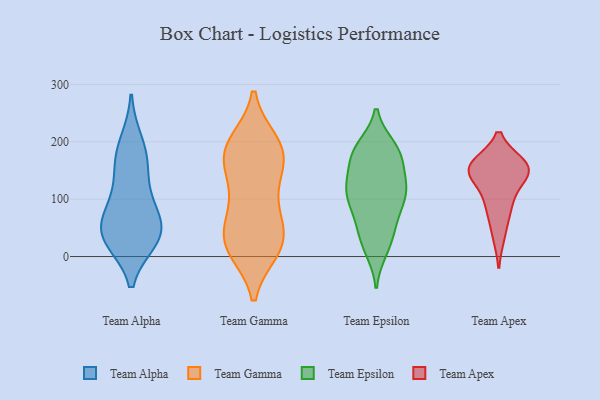
{"axis": {"x": "Conversion Rate (%)", "y": "Value"}, "legend": ["Team Alpha", "Team Apex", "Team Epsilon", "Team Gamma"], "data": [{"x": "", "y": 47, "type": "Team Alpha"}, {"x": "", "y": 198, "type": "Team Alpha"}, {"x": "", "y": 86, "type": "Team Alpha"}, {"x": "", "y": 100, "type": "Team Alpha"}, {"x": "", "y": 166, "type": "Team Alpha"}, {"x": "", "y": 37, "type": "Team Alpha"}, {"x": "", "y": 31, "type": "Team Alpha"}, {"x": "", "y": 159, "type": "Team Alpha"}, {"x": "", "y": 40, "type": "Team Alpha"}, {"x": "", "y": 40, "type": "Team Alpha"}, {"x": "", "y": 14, "type": "Team Gamma"}, {"x": "", "y": 42, "type": "Team Gamma"}, {"x": "", "y": 148, "type": "Team Gamma"}, {"x": "", "y": 187, "type": "Team Gamma"}, {"x": "", "y": 12, "type": "Team Gamma"}, {"x": "", "y": 26, "type": "Team Gamma"}, {"x": "", "y": 71, "type": "Team Gamma"}, {"x": "", "y": 135, "type": "Team Gamma"}, {"x": "", "y": 23, "type": "Team Gamma"}, {"x": "", "y": 182, "type": "Team Gamma"}, {"x": "", "y": 199, "type": "Team Gamma"}, {"x": "", "y": 71, "type": "Team Gamma"}, {"x": "", "y": 198, "type": "Team Gamma"}, {"x": "", "y": 182, "type": "Team Gamma"}, {"x": "", "y": 166, "type": "Team Gamma"}, {"x": "", "y": 16, "type": "Team Gamma"}, {"x": "", "y": 99, "type": "Team Gamma"}, {"x": "", "y": 59, "type": "Team Epsilon"}, {"x": "", "y": 56, "type": "Team Epsilon"}, {"x": "", "y": 120, "type": "Team Epsilon"}, {"x": "", "y": 181, "type": "Team Epsilon"}, {"x": "", "y": 121, "type": "Team Epsilon"}, {"x": "", "y": 189, "type": "Team Epsilon"}, {"x": "", "y": 101, "type": "Team Epsilon"}, {"x": "", "y": 121, "type": "Team Epsilon"}, {"x": "", "y": 123, "type": "Team Epsilon"}, {"x": "", "y": 170, "type": "Team Epsilon"}, {"x": "", "y": 35, "type": "Team Epsilon"}, {"x": "", "y": 177, "type": "Team Epsilon"}, {"x": "", "y": 93, "type": "Team Epsilon"}, {"x": "", "y": 93, "type": "Team Epsilon"}, {"x": "", "y": 124, "type": "Team Epsilon"}, {"x": "", "y": 178, "type": "Team Epsilon"}, {"x": "", "y": 20, "type": "Team Epsilon"}, {"x": "", "y": 13, "type": "Team Epsilon"}, {"x": "", "y": 185, "type": "Team Epsilon"}, {"x": "", "y": 160, "type": "Team Apex"}, {"x": "", "y": 148, "type": "Team Apex"}, {"x": "", "y": 152, "type": "Team Apex"}, {"x": "", "y": 159, "type": "Team Apex"}, {"x": "", "y": 37, "type": "Team Apex"}, {"x": "", "y": 152, "type": "Team Apex"}, {"x": "", "y": 125, "type": "Team Apex"}, {"x": "", "y": 87, "type": "Team Apex"}, {"x": "", "y": 85, "type": "Team Apex"}, {"x": "", "y": 156, "type": "Team Apex"}]}